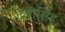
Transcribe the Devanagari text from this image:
देंवीसिंह